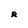
Character: R